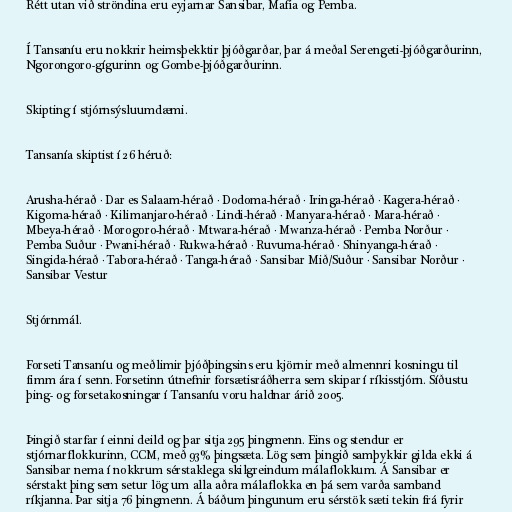
Rétt utan við ströndina eru eyjarnar Sansibar, Mafia og Pemba.

Í Tansaníu eru nokkrir heimsþekktir þjóðgarðar, þar á meðal Serengeti-þjóðgarðurinn,
Ngorongoro-gígurinn og Gombe-þjóðgarðurinn.

Skipting í stjórnsýsluumdæmi.

Tansanía skiptist í 26 héruð:

Arusha-hérað · Dar es Salaam-hérað · Dodoma-hérað · Iringa-hérað · Kagera-hérað ·
Kigoma-hérað · Kilimanjaro-hérað · Lindi-hérað · Manyara-hérað · Mara-hérað ·
Mbeya-hérað · Morogoro-hérað · Mtwara-hérað · Mwanza-hérað · Pemba Norður ·
Pemba Suður · Pwani-hérað · Rukwa-hérað · Ruvuma-hérað · Shinyanga-hérað ·
Singida-hérað · Tabora-hérað · Tanga-hérað · Sansibar Mið/Suður · Sansibar Norður ·
Sansibar Vestur

Stjórnmál.

Forseti Tansaníu og meðlimir þjóðþingsins eru kjörnir með almennri kosningu til
fimm ára í senn. Forsetinn útnefnir forsætisráðherra sem skipar í ríkisstjórn. Síðustu
þing- og forsetakosningar í Tansaníu voru haldnar árið 2005.

Þingið starfar í einni deild og þar sitja 295 þingmenn. Eins og stendur er
stjórnarflokkurinn, CCM, með 93% þingsæta. Lög sem þingið samþykkir gilda ekki á
Sansibar nema í nokkrum sérstaklega skilgreindum málaflokkum. Á Sansibar er
sérstakt þing sem setur lög um alla aðra málaflokka en þá sem varða samband
ríkjanna. Þar sitja 76 þingmenn. Á báðum þingunum eru sérstök sæti tekin frá fyrir